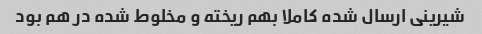
شیرینی ارسال شده کاملا بهم ریخته و مخلوط شده در هم بود